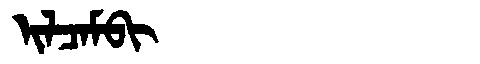
Manchu: ᡳᠯᠴᠠᠮᠪᡳ
Romanization: ILCAMBI